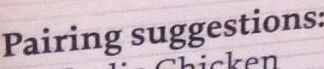
Pairing suggestions: